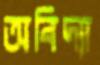
অবিদ্যা